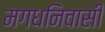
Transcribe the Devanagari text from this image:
मगधनिवासी